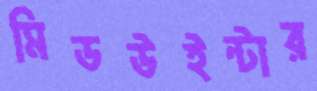
মিডউইন্টার